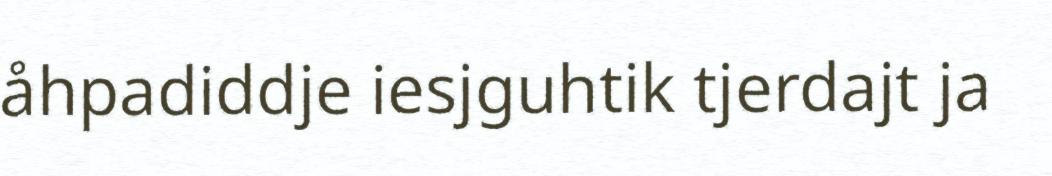
åhpadiddje iesjguhtik tjerdajt ja